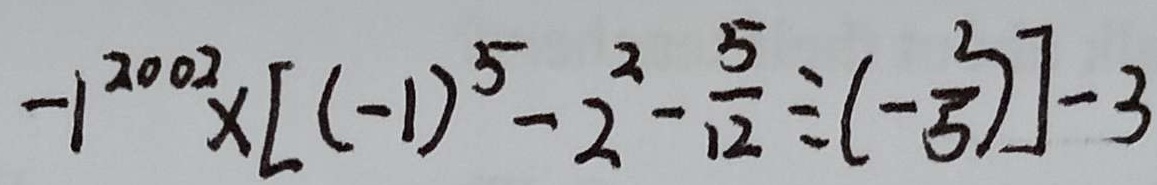
- 1 ^ { 2 0 0 2 } \times [ ( - 1 ) ^ { 5 } - 2 ^ { 2 } - \frac { 5 } { 1 2 } \div ( - \frac { 2 } { 5 } ) ] - 3